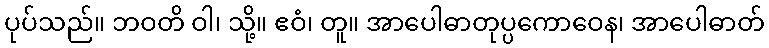
ပုပ်သည်။ ဘဝတိ ဝါ၊ သို့။ ဧဝံ၊ တူ။ အာပေါဓာတုပ္ပကောဝေန၊ အာပေါဓာတ်